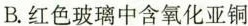
B.红色玻璃中含氧化亚铜